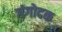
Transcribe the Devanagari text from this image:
गंगोदक